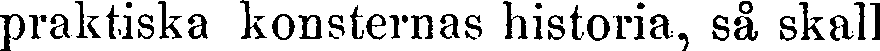
praktiska konsternas historia, så skall